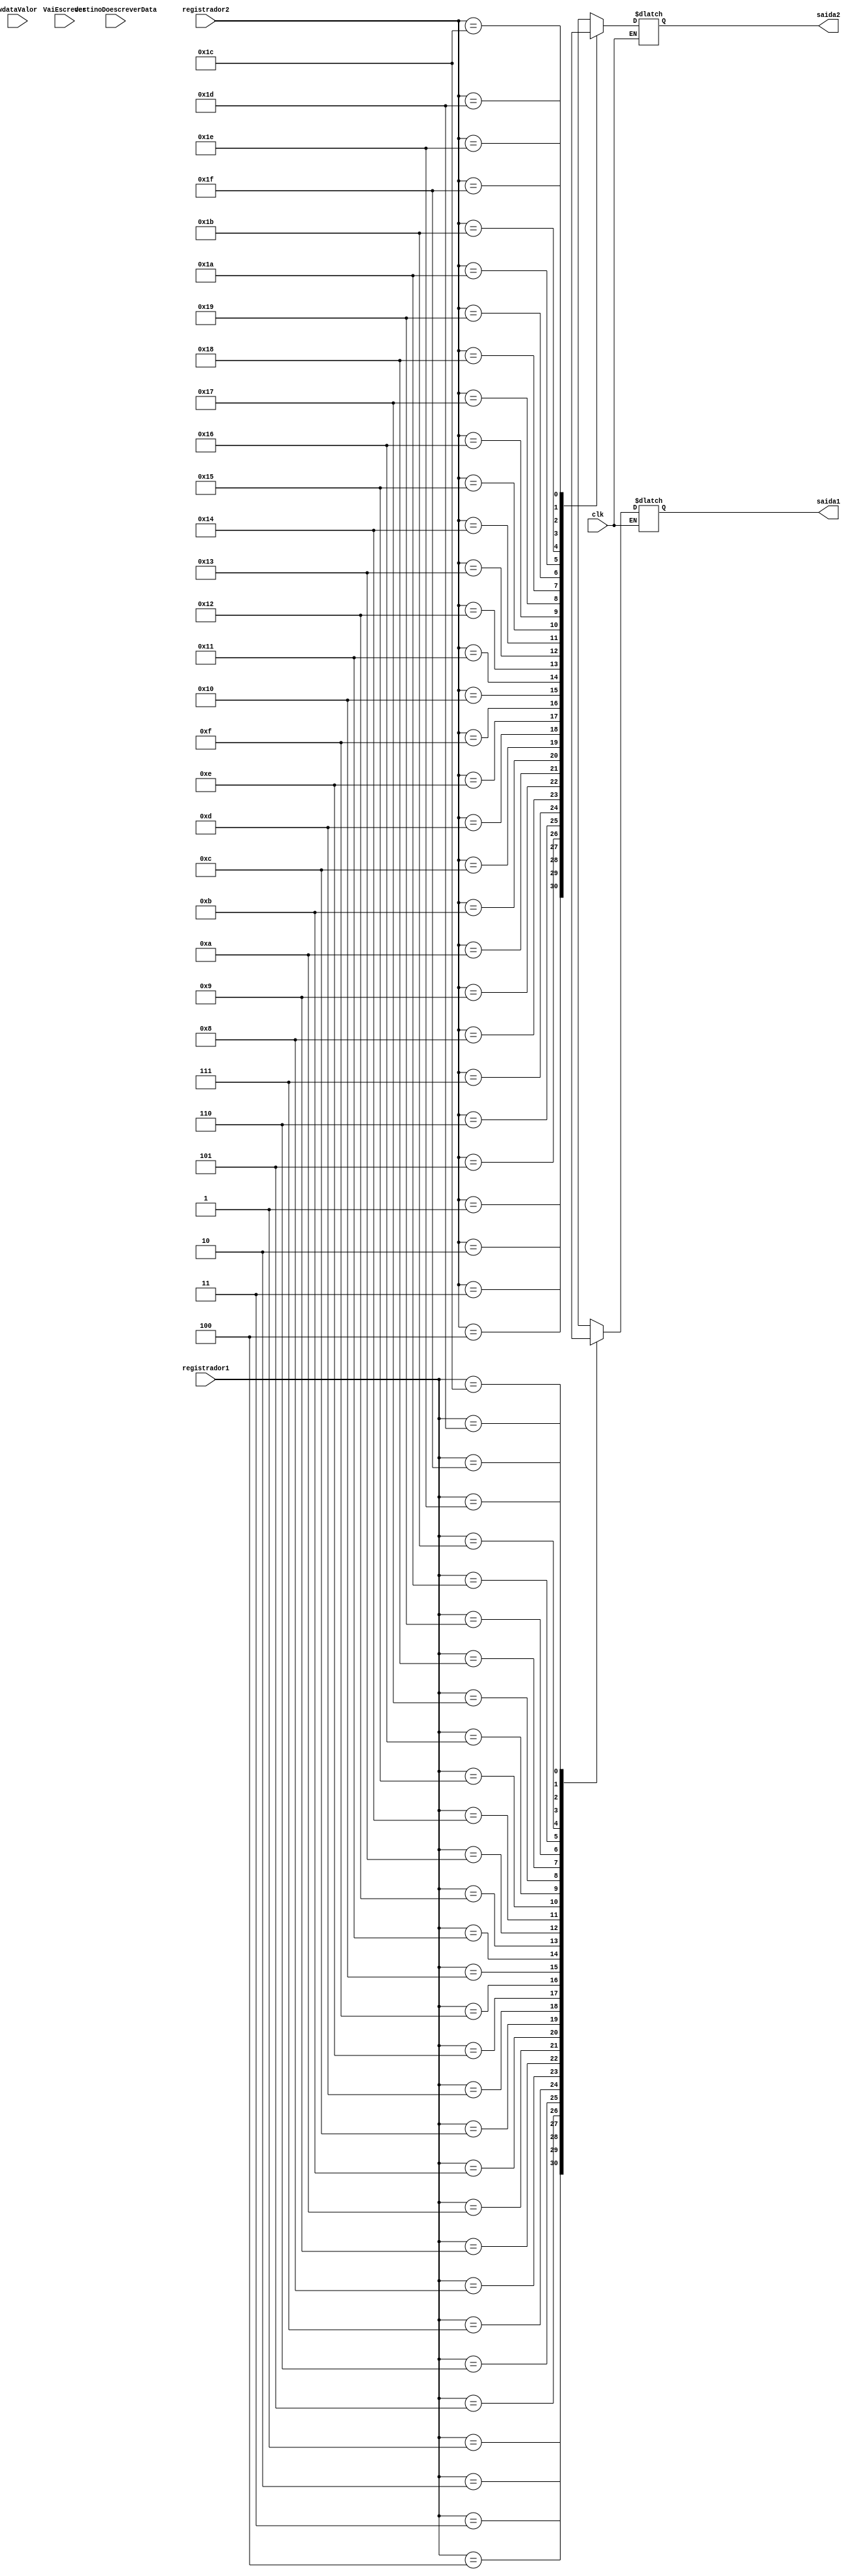
module registerBank
(
	input clk,	//clock
	input [4:0] registrador1,
	input [4:0] registrador2,
	input [4:0] destinoDoescreverData,
	input [31:0] wdataValor,
	input VaiEscrever,
	output reg [31:0] saida1,
	output reg [31:0] saida2

);
	wire [31:0] registrador_32 [31:0];
	



	integer i;

	initial
	begin
	    for(i = 0; i < 32; i = i+1)
		begin
	       // registrador_32[i] = 32'd4;
		end
	end
	
 	always @(clk, destinoDoescreverData, wdataValor, VaiEscrever) begin
		if (VaiEscrever && clk) begin
			
		//registrador_32[destinoDoescreverData] = wdataValor;
		end
	end

	always @(clk, registrador1, registrador2, VaiEscrever) begin
		if(~clk) begin
			saida1<= registrador_32[registrador1];
  			saida2 <= registrador_32[registrador2];
		end
	end

 endmodule